Malaria in the Punjab - Number 46
Disease focus: Malaria
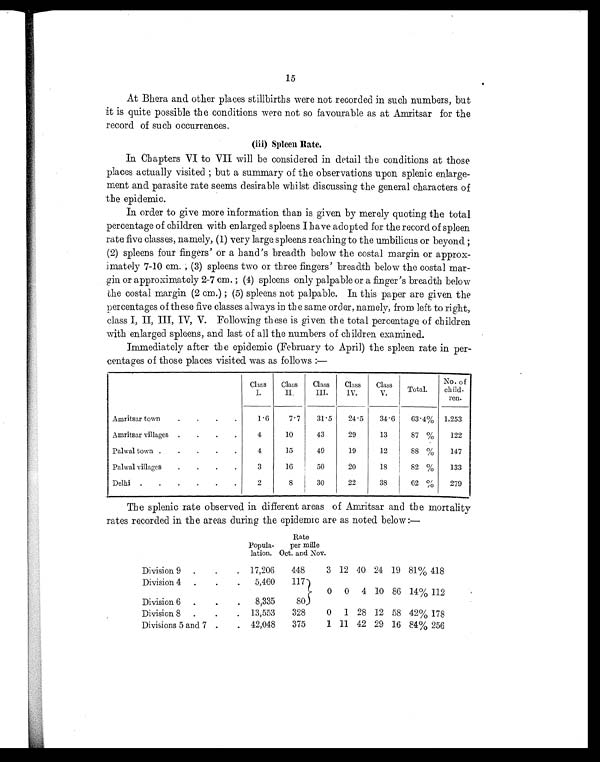
15
At Bhera and other places stillbirths were not recorded in such numbers, but
it is quite possible the conditions were not so favourable as at Amritsar for the
record of such occurrences.
(iii) Spleen Rate.
In Chapters VI to VII will be considered in detail the conditions at those
places actually visited ; but a summary of the observations upon splenic enlarge-
ment and parasite rate seems desirable whilst discussing the general characters of
the epidemic.
In order to give more information than is given by merely quoting the total
percentage of children with enlarged spleens I have adopted for the record of spleen
rate five classes, namely, (1) very large spleens reaching to the umbilicus or beyond ;
(2) spleens four fingers' or a hand's breadth below the costal margin or approx-
imately 7-10 cm. ; (3) spleens two or three fingers' breadth below the costal mar-
gin or approximately 2-7 cm. ; (4) spleens only palpable or a finger's breadth below
the costal margin (2 cm.) ; (5) spleens not palpable. In this paper are given the
percentages of these five classes always in the same order, namely, from left to right,
class I, II, III, IV, V. Following these is given the total percentage of children
with enlarged spleens, and last of all the numbers of children examined.
Immediately after the epidemic (February to April) the spleen rate in per-
centages of those places visited was as follows :—
Class
I.
Class
II.
Class
III.
Class
IV.
Class
V.
Total.
No. of
child -
ren.
Amritsar town
.
.
.
.
1.6
7.7
31.5
24.5
34.6
63.4% 1,253
Amritsar villages .
.
.
.
4
10
43
29
13
87 %
122
Palwal town .
.
.
.
.
4
15
49
19
12
88 %
147
Palwal villages
.
.
.
.
3
16
50
20
18
82 %
133
Delhi .
.
.
.
.
.
2
8
30
22
38
62 %
279
The splenic rate observed in different areas of Amritsar and the mortality
rates recorded in the areas during the epidemic are as noted below :—
Popula-
lation.
Rate
per mille
Oct. and Nov.
Division 9 .
.
. 17,206
448
3 12 40 24 19 81% 418
Division 4
.
.
.
5,460
117
0 0
4 10 86 14% 112
Division 6
.
.
.
8,335
80
Division 8 .
.
. 13,553
328
0
1 28 12 58 42% 178
Divisions 5 and 7 .
. 42,048
375
1 11 42 29 16 84% 256